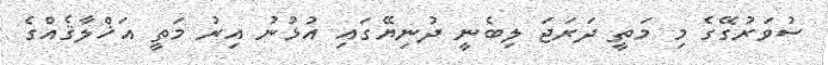
ސުވަރުގޭގެ މި މަތީ ދަރަޖަ ލިބެނީ ދުނިޔޭގައި އުޅުނު އިރު މަތީ އަޚްލާޤެއްގެ